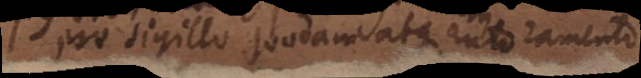
pro sigillo quodam atque autoramento